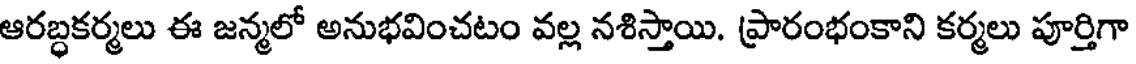
ఆరబ్ధకర్మలు ఈ జన్మలో అనుభవించటం వల్ల నశిస్తాయి. ప్రారంభంకాని కర్మలు పూర్తిగా